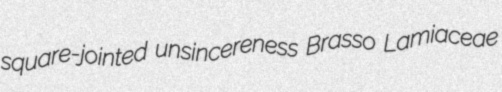
square-jointed unsincereness Brasso Lamiaceae